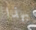
بهذا